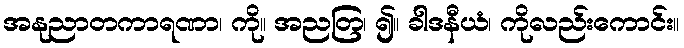
အနုညာတကာရဏာ၊ ကို။ အညတြ၊ ၍။ ခါဒနီယံ၊ ကိုလည်းကောင်း။